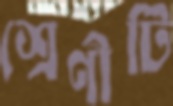
শ্রেণীটি